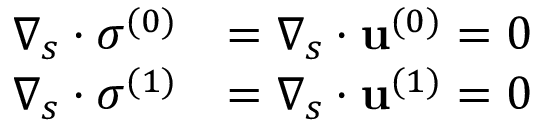
\begin{array} { r l } { \boldsymbol { \nabla } _ { s } \boldsymbol { \cdot } { \boldsymbol { \sigma } ^ { ( 0 ) } } } & { = \boldsymbol { \nabla } _ { s } \boldsymbol { \cdot } \mathbf { u } ^ { ( 0 ) } = 0 } \\ { \boldsymbol { \nabla } _ { s } \boldsymbol { \cdot } { \boldsymbol { \sigma } ^ { ( 1 ) } } } & { = \boldsymbol { \nabla } _ { s } \boldsymbol { \cdot } \mathbf { u } ^ { ( 1 ) } = 0 } \end{array}